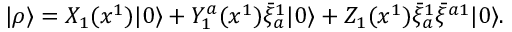
| \rho \rangle = X _ { 1 } ( x ^ { 1 } ) | 0 \rangle + Y _ { 1 } ^ { a } ( x ^ { 1 } ) \bar { \xi } _ { a } ^ { 1 } | 0 \rangle + Z _ { 1 } ( x ^ { 1 } ) \bar { \xi } _ { a } ^ { 1 } \bar { \xi } ^ { a 1 } | 0 \rangle .